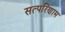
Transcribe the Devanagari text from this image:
सत्परिणाम